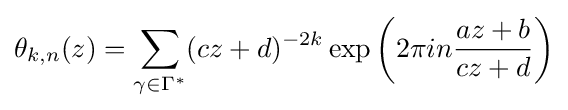
\theta _{k,n}(z)=\sum _{\gamma \in \Gamma ^{*}}(cz+d)^{-2k}\exp \left(2\pi in{\frac {az+b}{cz+d}}\right)